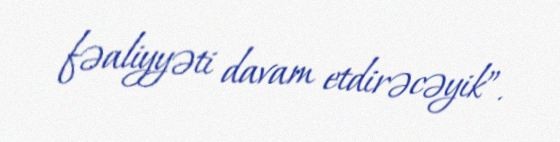
fəaliyyəti davam etdirəcəyik”.